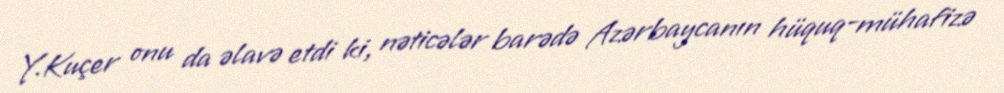
Y.Kuçer onu da əlavə etdi ki, nəticələr barədə Azərbaycanın hüquq-mühafizə